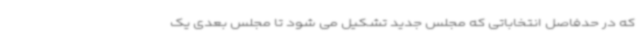
که در حدفاصل انتخاباتی که مجلس جدید تشکیل می شود تا مجلس بعدی یک